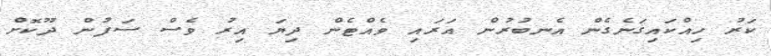
ކަރު ހިއްކައިގަނެގެން އެނބުރުން އަރައި ވެއްޓެން ދިޔަ އިރު ވެސް ސަފުން ދޫކޮށް